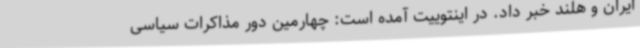
ایران و هلند خبر داد. در اینتوییت آمده است: چهارمین دور مذاکرات سیاسی